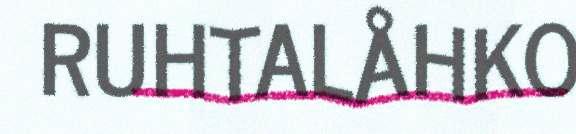
RUHTALÅHKO